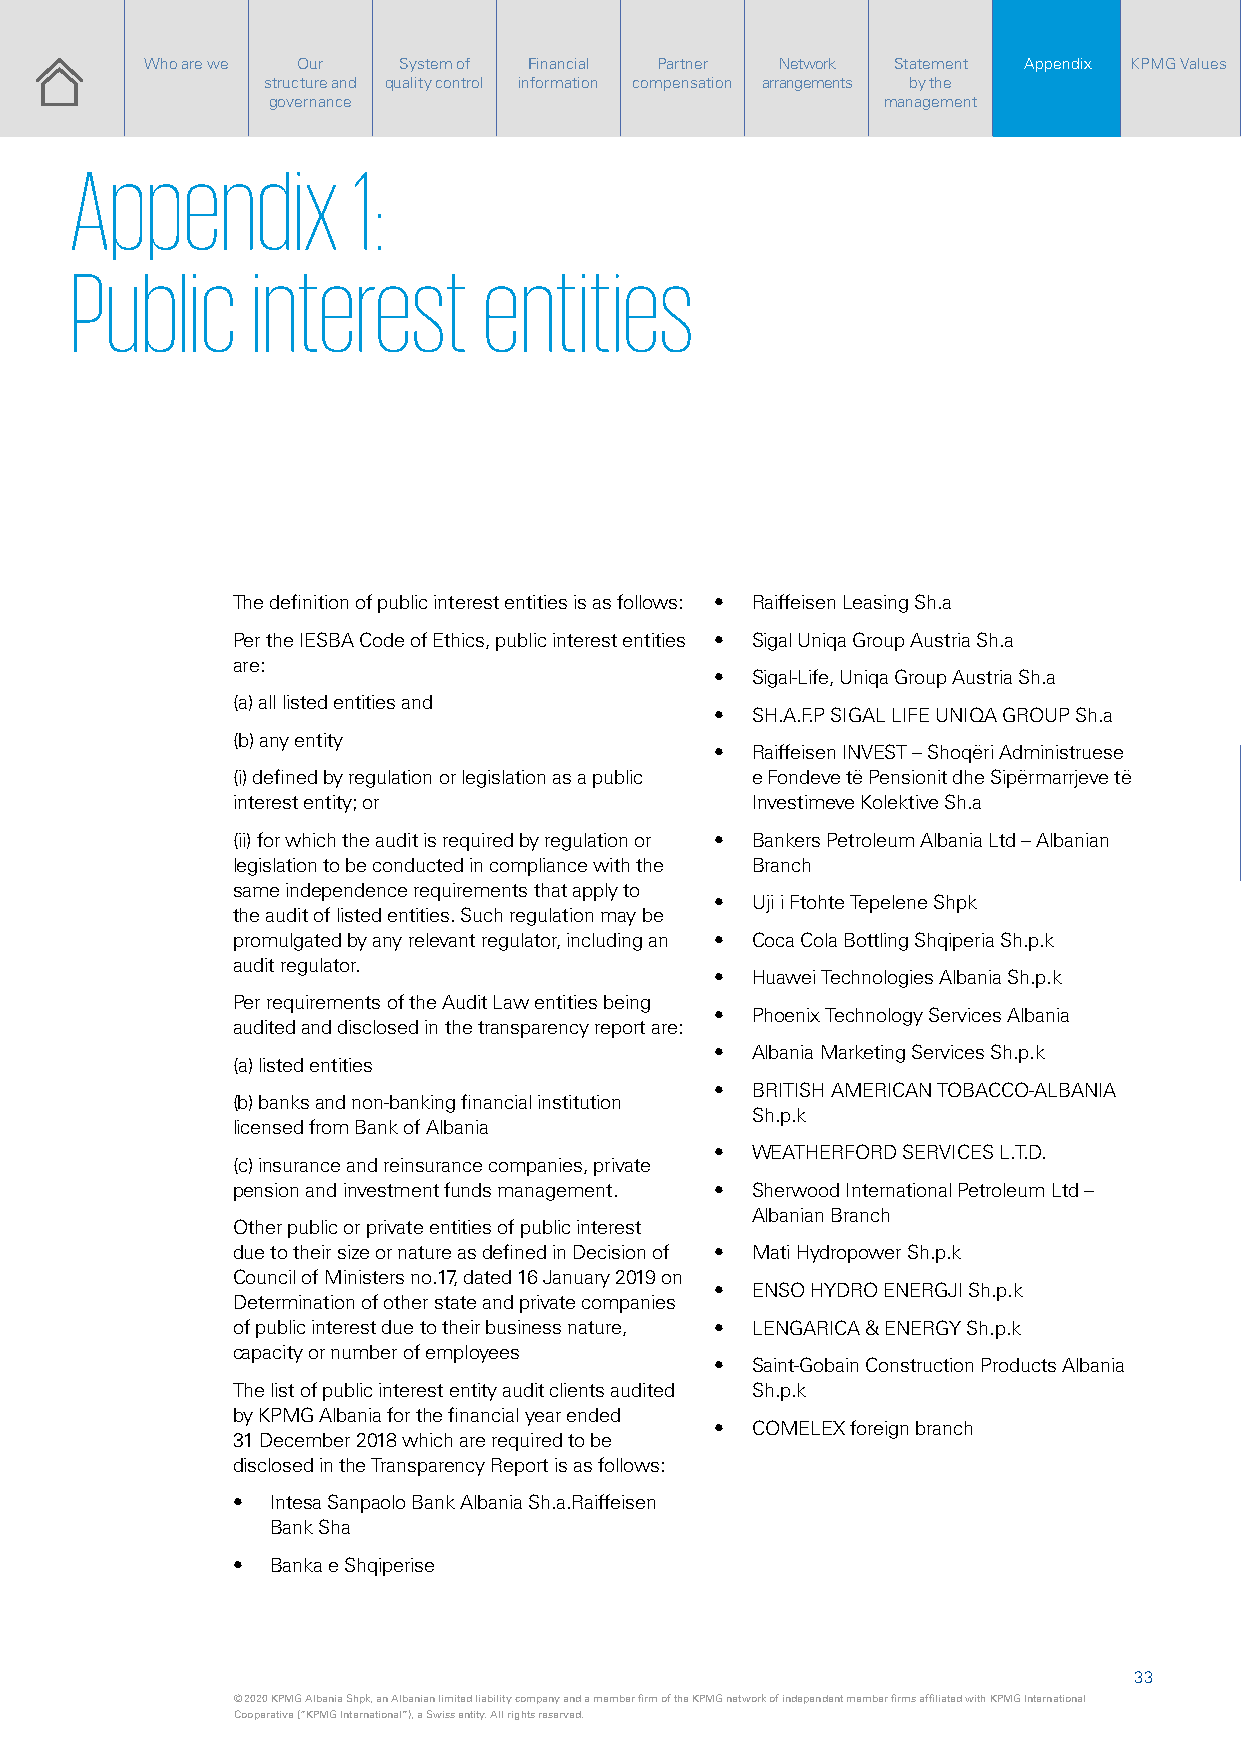
Who are we Our  System of Financial Partner Network Statement AAppppeennddiixx KPMG Values
 structure and quality control information compensation arrangements by the
 governance                              management
 Appendix          1:
 Public      interest       entities
 The definition of public interest entities is as follows: • Raiffeisen Leasing Sh.a
 Per the IESBA Code of Ethics, public interest entities • Sigal Uniqa Group Austria Sh.a
 are:
 •  Sigal-Life, Uniqa Group Austria Sh.a
 (a) all listed entities and
 •  SH.A.F.P SIGAL LIFE UNIQA GROUP Sh.a
 (b) any entity
 •  Raiffeisen INVEST – Shoqëri Administruese
 (i) defined by regulation or legislation as a public e Fondeve të Pensionit dhe Sipërmarrjeve të
 interest entity; or                Investimeve Kolektive Sh.a
 (ii) for which the audit is required by regulation or • Bankers Petroleum Albania Ltd – Albanian
 legislation to be conducted in compliance with the Branch
 same independence requirements that apply to
 •  Uji i Ftohte Tepelene Shpk
 the audit of listed entities. Such regulation may be
 promulgated by any relevant regulator, including an • Coca Cola Bottling Shqiperia Sh.p.k
 audit regulator.
 •  Huawei Technologies Albania Sh.p.k
 Per requirements of the Audit Law entities being
 •  Phoenix Technology Services Albania
 audited and disclosed in the transparency report are:
 •  Albania Marketing Services Sh.p.k
 (a) listed entities
 •  BRITISH AMERICAN TOBACCO-ALBANIA
 (b) banks and non-banking financial institution
 Sh.p.k
 licensed from Bank of Albania
 •  WEATHERFORD SERVICES L.T.D.
 (c) insurance and reinsurance companies, private
 pension and investment funds management. • Sherwood International Petroleum Ltd –
 Albanian Branch
 Other public or private entities of public interest
 due to their size or nature as defined in Decision of • Mati Hydropower Sh.p.k
 Council of Ministers no.17, dated 16 January 2019 on
 •  ENSO HYDRO ENERGJI Sh.p.k
 Determination of other state and private companies
 of public interest due to their business nature, • LENGARICA & ENERGY Sh.p.k
 capacity or number of employees
 •  Saint-Gobain Construction Products Albania
 The list of public interest entity audit clients audited Sh.p.k
 by KPMG Albania for the financial year ended
 •  COMELEX foreign branch
 31 December 2018 which are required to be
 disclosed in the Transparency Report is as follows:
 •  Intesa Sanpaolo Bank Albania Sh.a.Raiffeisen
 Bank Sha
 •  Banka e Shqiperise
 33
 © 2020 KPMG Albania Shpk, an Albanian limited liability company and a member firm of the KPMG network of independent member firms affiliated with KPMG International © 2020 KPMG Albania Shpk, an Albanian limited liability company and a member firm of the KPMG network of independent member firms affiliated with KPMG International
 Cooperative (“KPMG International”), a Swiss entity. All rights reserved.           Cooperative (“KPMG International”), a Swiss entity. All rights reserved.